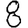
Digit: 8